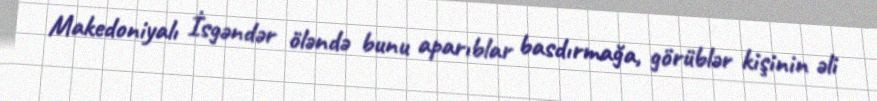
Makedoniyalı İsgəndər öləndə bunu aparıblar basdırmağa, görüblər kişinin əli